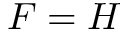
F = H